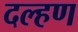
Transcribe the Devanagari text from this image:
दल्हण